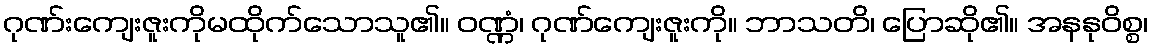
ဂုဏ်းကျေးဇူးကိုမထိုက်သောသူ၏။ ဝဏ္ဏံ၊ ဂုဏ်ကျေးဇူးကို။ ဘာသတိ၊ ပြောဆို၏။ အနနုဝိစ္စ၊